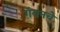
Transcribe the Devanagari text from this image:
गॅबनचे